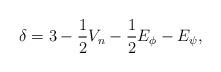
LaTeX: \begin{align*}\delta =3-\frac{1}{2}V_{n}-\frac{1}{2}E_{\phi }-E_{\psi }, \end{align*}